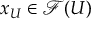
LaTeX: x _ { U } \in { \mathcal { F } } ( U )